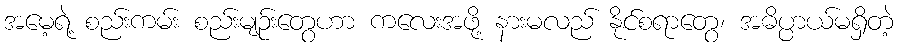
အမေ့ရဲ့ စည်းကမ်း စည်းမျဉ်းတွေဟာ ကလေးအဖို့ နားမလည် နိုင်စရာတွေ၊ အဓိပ္ပာယ်မရှိတဲ့